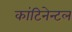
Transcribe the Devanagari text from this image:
कांटिनेन्टल